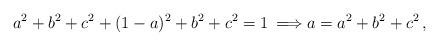
LaTeX: \begin{align*} a^2+b^2+c^2 +(1-a)^2+b^2+c^2=1 \, \Longrightarrow a=a^2+b^2+c^2 \, ,\end{align*}